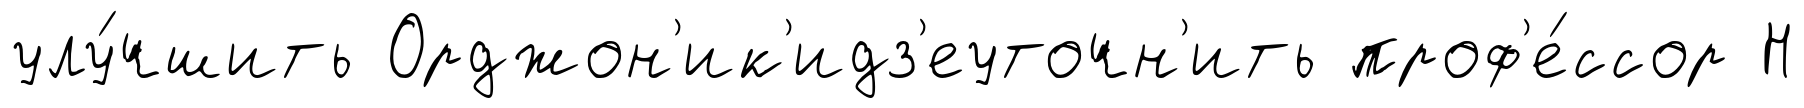
улу́чшить Орджон'ик'идз'еуточн'ить проф'е́ссор Н